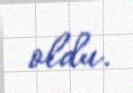
oldu.